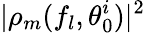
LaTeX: |\rho_{m}(f_{l},\theta_{0}^{i})|^{2}